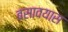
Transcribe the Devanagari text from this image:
बसावयास